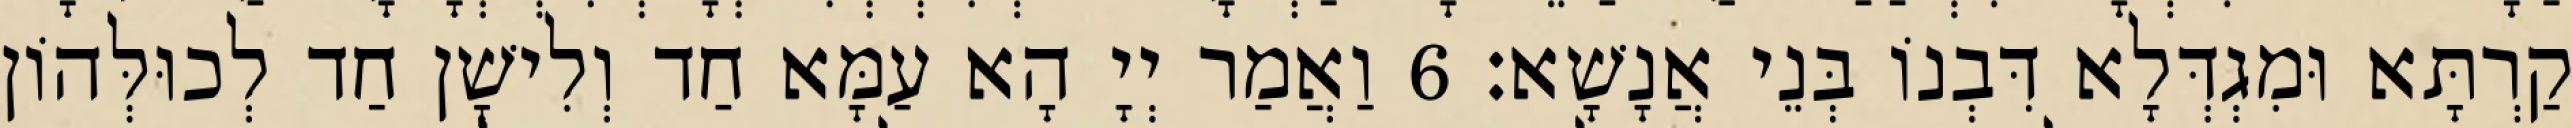
קַרְתָּא וּמִגְדְּלָא דִּבְנוֹ בְּנֵי אֲנָשָׁא׃ 6 וַאֲמַר יְיָ הָא עַמָּא חַד וְלִישָׁן חַד לְכוּלְּהוֹן